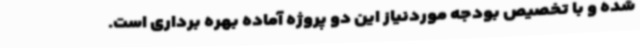
شده و با تخصیص بودجه موردنیاز این دو پروژه آماده بهره برداری است.